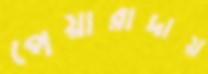
পেয়ারাদায়